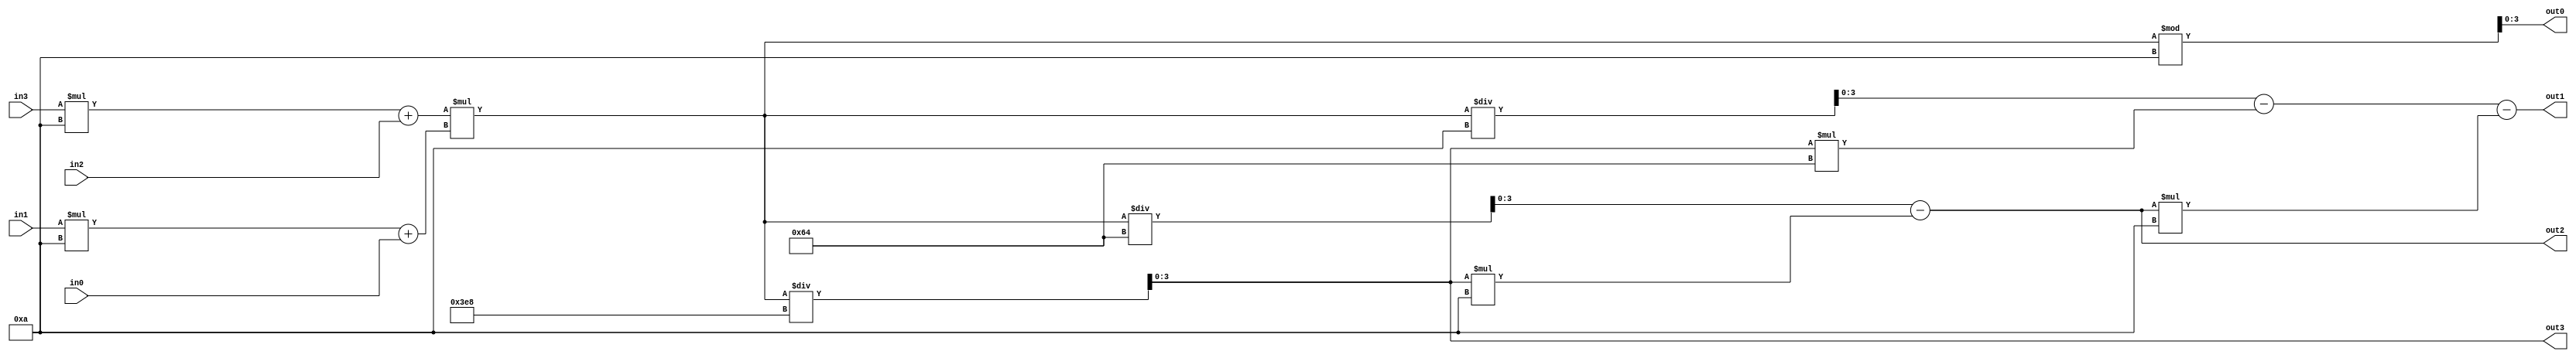
module multiplier_2d(
	out3,
	out2,
	out1,
	out0,
	in3,
	in2,
	in1,
	in0
    );
	
	output reg [3:0]out3;
	output reg [3:0]out2;
	output reg [3:0]out1;
	output reg [3:0]out0;
	
	input [3:0]in3;
	input [3:0]in2;
	input [3:0]in1;
	input [3:0]in0;
	
	reg [13:0]decimal;
	
	always@*
        decimal = (((in3 * 14'd10) + in2) * ((in1 * 14'd10) + in0));
        
    always@*
        begin
            out3 = (decimal / 14'd1000);
            out2 = (decimal / 14'd100) - (out3 * 14'd10);
            out1 = (decimal / 14'd10) - (out3 * 14'd100) - (out2 * 14'd10);
            out0 = decimal % 14'd10;
        end
	
endmodule